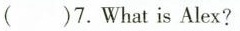
()7.What is Alex?